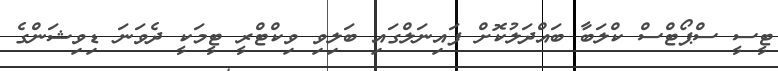
ޓީސީ ސްޕޯޓްސް ކްލަބާ ބައްދަލުކޮށް ފައިނަލްގައި ބަލިވި ވިކްޓްރީ ޓީމަކީ ދެވަނަ ޑިވިޝަންގެ